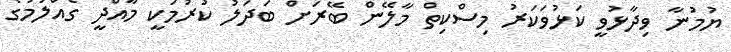
ޔުމުނާ ވިދާޅުވީ ކަޅުވަކަރު މިސްކިތް މާލޭން ބޭރަށް ބަދަލު ކުރުމަކީ މާއްދީ ގެއްލުމުގެ